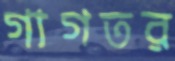
গাগতর